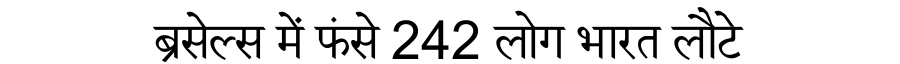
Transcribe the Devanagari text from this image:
ब्रसेल्स में फंसे 242 लोग भारत लौटे